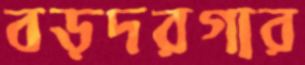
বড়দরগার